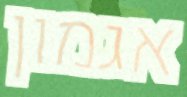
אגמון